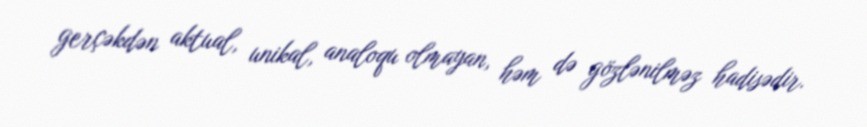
gerçəkdən aktual, unikal, analoqu olmayan, həm də gözlənilməz hadisədir.